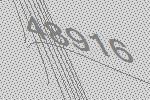
48916